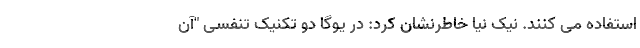
استفاده می کنند. نیک نیا خاطرنشان کرد: در یوگا دو تکنیک تنفسی "آن